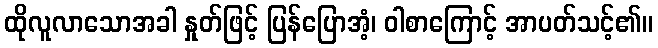
ထိုလူလာသောအခါ နှုတ်ဖြင့် ပြန်ပြောအံ့၊ ဝါစာကြောင့် အာပတ်သင့်၏။